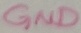
Text: GND